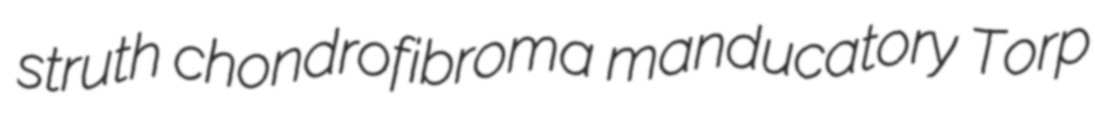
struth chondrofibroma manducatory Torp